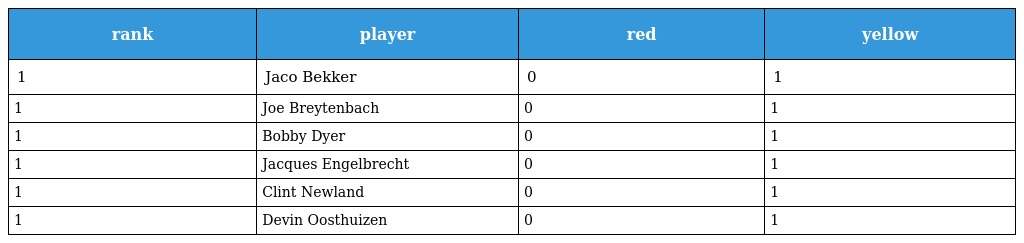
| rank | player | red | yellow |
 | --- | --- | --- | --- |
 | 1 | Jaco Bekker | 0 | 1 |
 | 1 | Joe Breytenbach | 0 | 1 |
 | 1 | Bobby Dyer | 0 | 1 |
 | 1 | Jacques Engelbrecht | 0 | 1 |
 | 1 | Clint Newland | 0 | 1 |
 | 1 | Devin Oosthuizen | 0 | 1 |